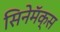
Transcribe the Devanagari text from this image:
सिनेमॅक्स